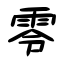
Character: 零